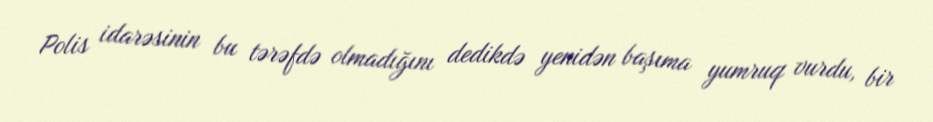
Polis idarəsinin bu tərəfdə olmadığını dedikdə yenidən başıma yumruq vurdu, bir